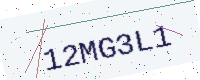
Text: 12MG3L1